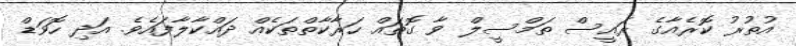
އުތުރު ކޮރެއާގެ ރައީސް ތަމްސީލް ވާ ގޮތައް ހަރާކާތްތަކެއް ދައްކާލާފައެވެ. އަދި ހޮވަޑް